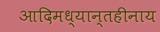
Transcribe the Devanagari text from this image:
आदिमध्यान्तहीनाय